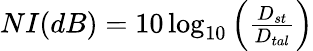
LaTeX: \begin{array}{r}{NI(dB)=10\log_{10}\left(\frac{D_{st}}{D_{tal}}\right)}\end{array}